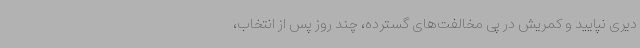
دیری نپایید و کمریش در پی مخالفت‌های گسترده، چند روز پس از انتخاب،